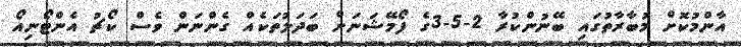
އާންމުކޮށް މުބާރާތުގައި ބޭނުންކުރާ 2-5-3ގެ ފޯމޭޝަނަށް ބަދަލުތަކެއް ގެންނަން ވެސް ކޯޗު އެންޓޯނިއޯ